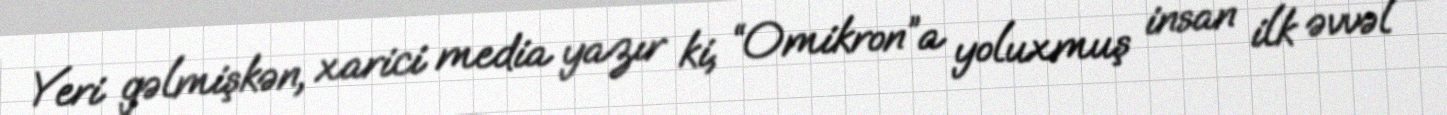
Yeri gəlmişkən, xarici media yazır ki, “Omikron”a yoluxmuş insan ilk əvvəl